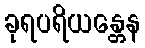
ခုရပရိယန္တေန